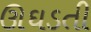
ઊઘડતી